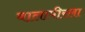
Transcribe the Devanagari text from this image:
बालापीरला